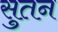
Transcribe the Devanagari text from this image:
सुतन